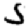
Digit: 5